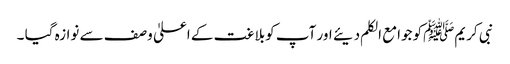
نبی کریمﷺکو جوامع الکلم دیئے اور آپ کوبلاغت کے اعلیٰ وصف سے نوازہ گیا ۔